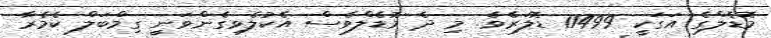
މޮޑެލްގެ އަގަކީ 11499 ޑޮލަރެވެ. މި ދެ މޮޑެލްވެސް އެކުލެވިގެންވަނީ ގިމްބަލް ކެމެރާ